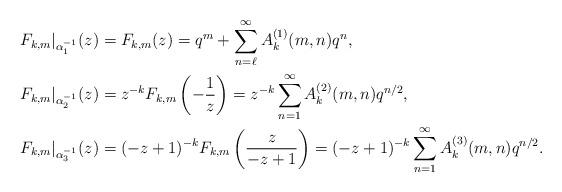
LaTeX: \begin{align*}F_{k,m}|_{\alpha_1^{-1}}(z) &= F_{k,m}(z) = q^m + \sum_{n=\ell}^\infty A_k^{(1)}(m,n)q^n, \\F_{k,m}|_{\alpha_2^{-1}}(z) &= z^{-k} F_{k,m} \left(-\frac{1}{z} \right) = z^{-k} \sum_{n=1}^\infty A_k^{(2)}(m,n)q^{n/2}, \\F_{k,m}|_{\alpha_3^{-1}}(z) &= (-z+1)^{-k} F_{k,m} \left(\frac{z}{-z+1} \right) = (-z+1)^{-k} \sum_{n=1}^\infty A_k^{(3)}(m,n)q^{n/2}. \end{align*}